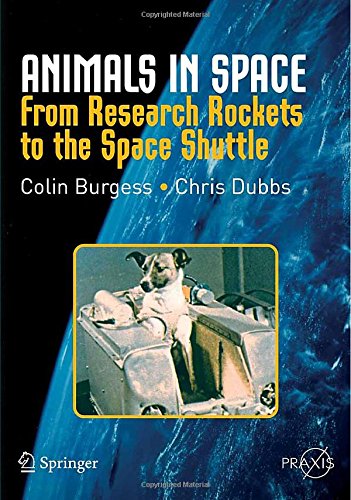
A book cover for Animals in Space: From Research Rockets to the Space Shuttle (Springer Praxis Books); Colin Burgess; Politics & Social Sciences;